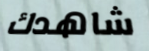
شاهدك